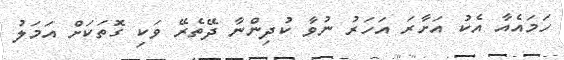
ހަމައެއާ އެކު އަށާރަ އަހަރު ނުވާ ކުދިންނާ ދޭތެރޭ ވަކި ގޮތަކަށް އަމަލު